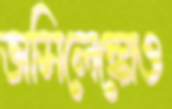
ভাসিলেঙ্কোও